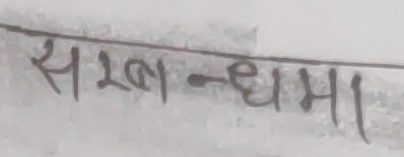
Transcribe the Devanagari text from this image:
सरब-न्धमा